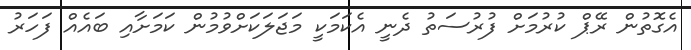
އެގޮތުން ރޭޕް ކުރުމަށް ފުރުސަތު ދެނީ އެކަމަކީ މަޖަލަކަށްވުމުން ކަމަށާއި ބައެއް ފަހަރު